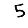
Digit: 5